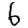
Digit: 6